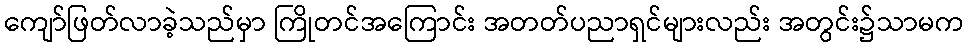
ကျော်ဖြတ်လာခဲ့သည်မှာ ကြိုတင်အကြောင်း အတတ်ပညာရှင်များလည်း အတွင်း၌သာမက